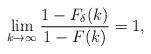
LaTeX: \begin{align*}\lim_{k \to \infty} \frac{1 - F_\delta(k)}{1 - F(k)} = 1,\end{align*}